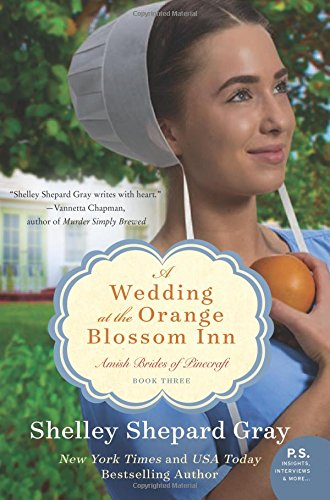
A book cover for A Wedding at the Orange Blossom Inn: Amish Brides of Pinecraft, Book Three (The Pinecraft Brides); Shelley Shepard Gray; Romance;